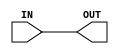
module BUFFER (OUT,IN);
    input IN;
    output OUT;
        buf (OUT, IN);
endmodule